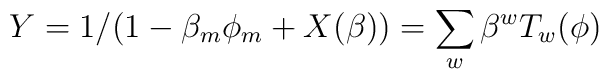
Y = 1/(1-\beta_{m}\phi_{m} + X(\beta)) = \sum_{w} \beta^{w}T_{w}(\phi)